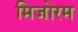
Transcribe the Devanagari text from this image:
मिजोरम